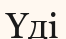
Үді